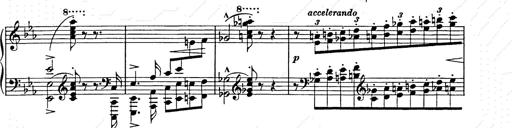
Title: Hungarian Rhapsody No.9
Composer: Franz Liszt
Key: E-flat major